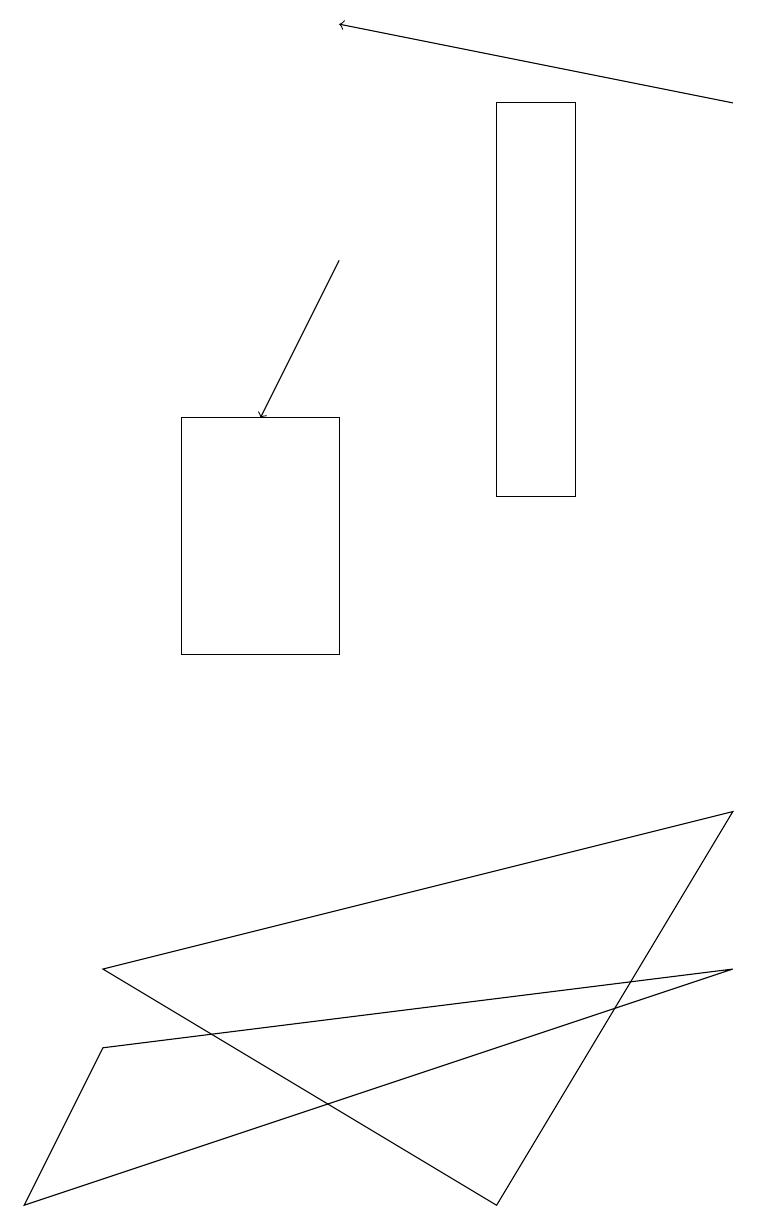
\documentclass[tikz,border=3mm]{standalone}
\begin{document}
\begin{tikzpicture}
\draw (6,4) -- (1,7) -- (9,9) -- cycle;
\draw (4,14) rectangle (2,11);
\draw (7,18) rectangle (6,13);
\draw[->] (4,16) -- (3,14);
\draw (9,7) -- (1,6) -- (0,4) -- cycle;
\draw[->] (9,18) -- (4,19);
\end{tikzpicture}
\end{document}